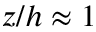
z / h \approx 1